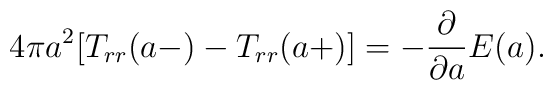
4\pi a^2[T_{rr}(a-)-T_{rr}(a+)]=-{\partial\over\partial a}E(a).